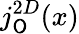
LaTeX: j_{\mathsf{O}}^{2D}(x)